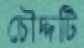
চৌদ্দটি